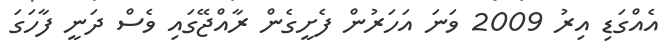
އެއްގަޑި އިރު 2009 ވަނަ އަހަރުން ފެށީގެން ރާއްޖޭގައި ވެސް ދަނީ ފާހަގަ